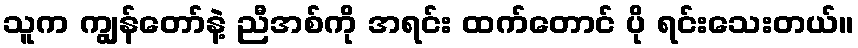
သူက ကျွန်တော်နဲ့ ညီအစ်ကို အရင်း ထက်တောင် ပို ရင်းသေးတယ်။